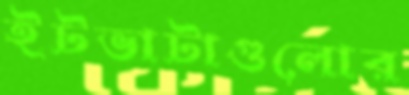
ইটভাটাগুলোর